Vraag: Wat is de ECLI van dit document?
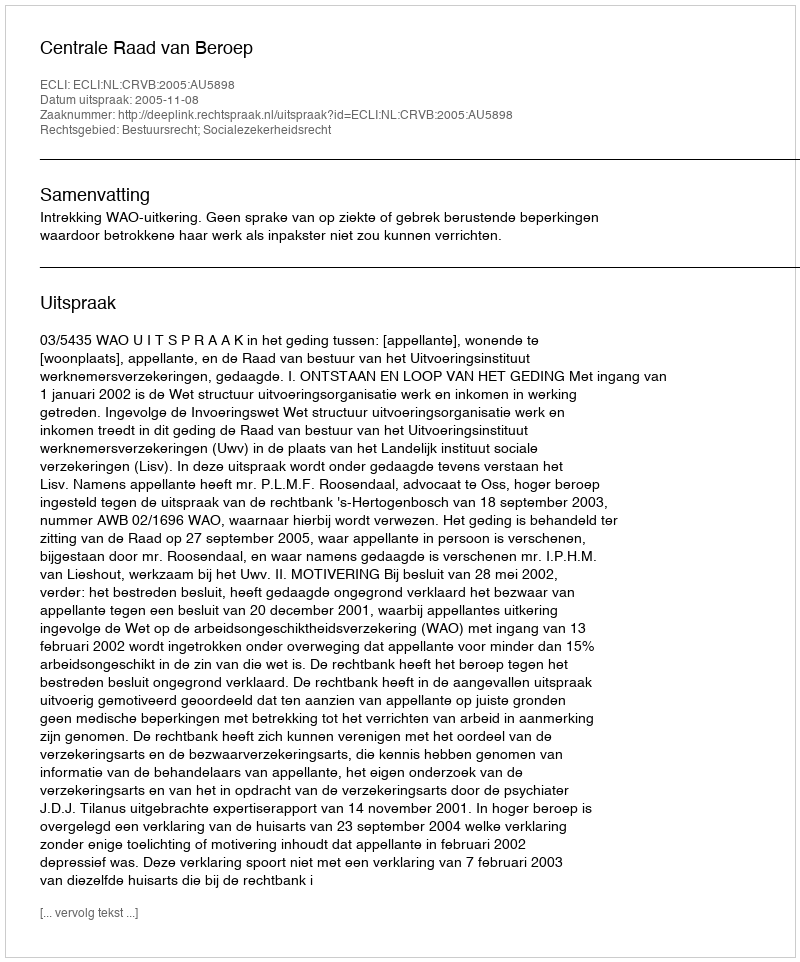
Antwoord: ECLI:NL:CRVB:2005:AU5898